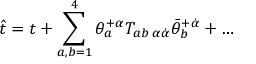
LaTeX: \hat { t } = t + \sum _ { a , b = 1 } ^ { 4 } \theta _ { a } ^ { + \alpha } T _ { a b \; \alpha \dot { \alpha } } \bar { \theta } _ { b } ^ { + \dot { \alpha } } + \ldots